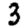
Digit: 3